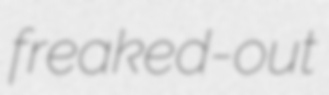
freaked-out